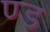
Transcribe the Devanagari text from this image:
ण्ड